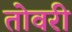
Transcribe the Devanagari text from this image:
तोवरी